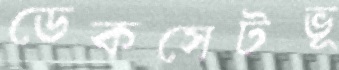
ডেকসেটভূ